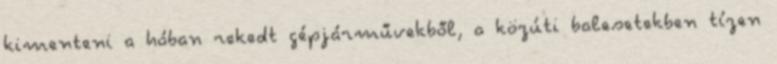
kimenteni a hóban rekedt gépjárművekből, a közúti balesetekben tízen